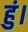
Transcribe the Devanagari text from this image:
हुं।